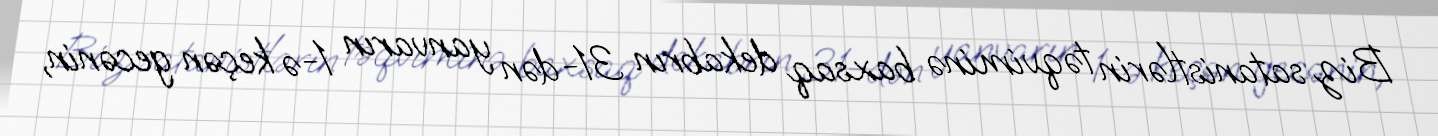
Biz satanistlərin təqviminə baxsaq dekabrın 31-dən yanvarın 1-ə keçən gecənin,